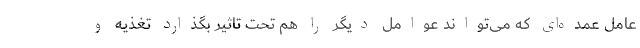
عامل عمده‌ای که می‌تواند عوامل دیگر را هم تحت تاثیر بگذارد تغذیه و